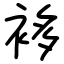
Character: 袳